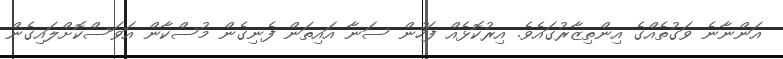
އަންނާނެ ވަގުތެއްގެ އިންތިޒާރުގައެވެ. އިރުކޮޅެއް ފަހުން ސަނާ އައިތަން ފެނިގެން މުސްކާން އަވަސްކޮށްލައިގެން